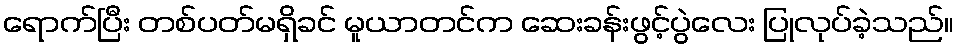
ရောက်ပြီး တစ်ပတ်မရှိခင် မူယာတင်က ဆေးခန်းဖွင့်ပွဲလေး ပြုလုပ်ခဲ့သည်။